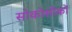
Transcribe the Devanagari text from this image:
सोकोसोको